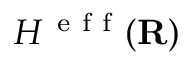
H ^ { \mathrm { ~ e ~ f ~ f ~ } } ( { \mathbf { R } } )